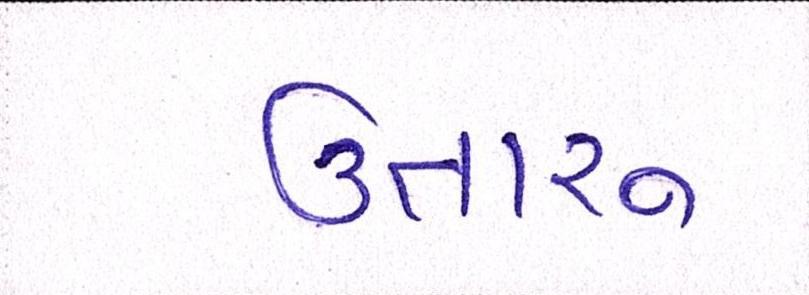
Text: ઉતારુ